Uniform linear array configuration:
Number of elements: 32
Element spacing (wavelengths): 0.5
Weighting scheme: exponential
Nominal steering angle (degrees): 15
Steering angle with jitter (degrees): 16.939
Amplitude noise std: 0.05
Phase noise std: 0.05

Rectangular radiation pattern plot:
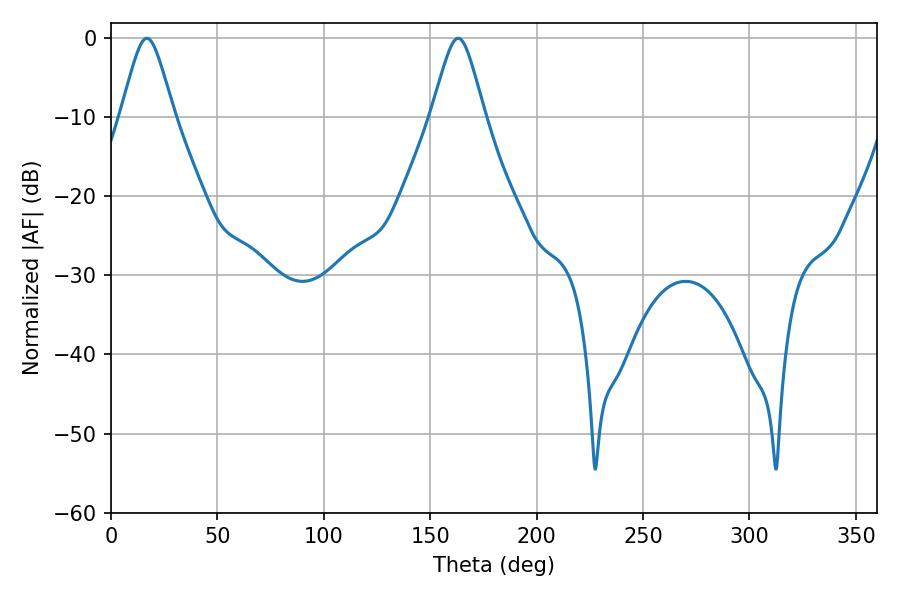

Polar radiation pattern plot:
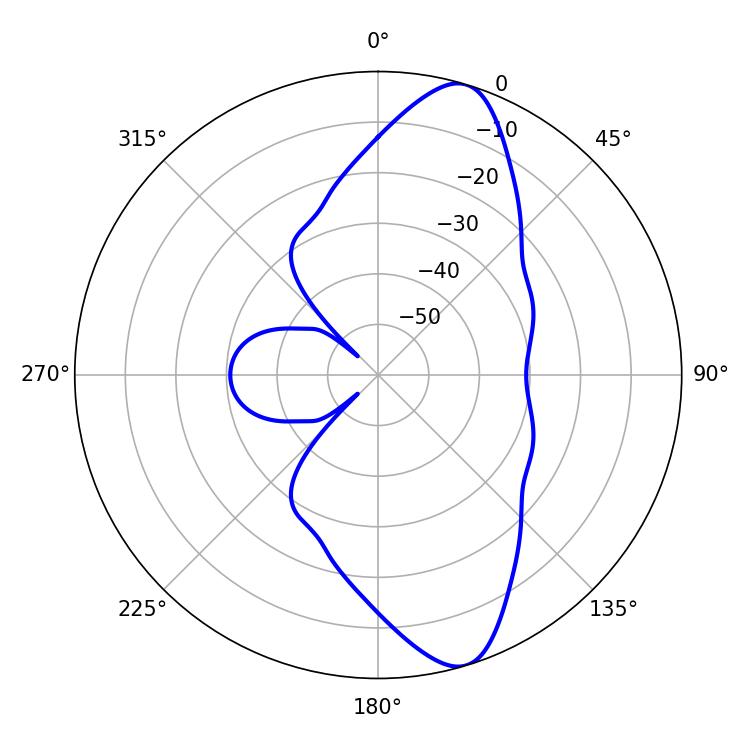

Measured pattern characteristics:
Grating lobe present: FALSE
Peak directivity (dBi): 11.225
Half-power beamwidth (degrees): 12.24
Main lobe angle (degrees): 16.92